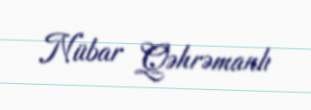
Nübar Qəhrəmanlı